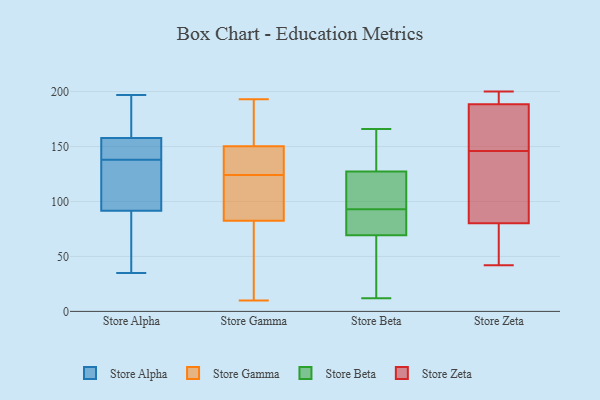
{"axis": {"x": "Satisfaction Score", "y": "Value"}, "legend": ["Store Alpha", "Store Beta", "Store Gamma", "Store Zeta"], "data": [{"x": "", "y": 172, "type": "Store Alpha"}, {"x": "", "y": 149, "type": "Store Alpha"}, {"x": "", "y": 197, "type": "Store Alpha"}, {"x": "", "y": 133, "type": "Store Alpha"}, {"x": "", "y": 138, "type": "Store Alpha"}, {"x": "", "y": 38, "type": "Store Alpha"}, {"x": "", "y": 173, "type": "Store Alpha"}, {"x": "", "y": 169, "type": "Store Alpha"}, {"x": "", "y": 159, "type": "Store Alpha"}, {"x": "", "y": 129, "type": "Store Alpha"}, {"x": "", "y": 36, "type": "Store Alpha"}, {"x": "", "y": 57, "type": "Store Alpha"}, {"x": "", "y": 142, "type": "Store Alpha"}, {"x": "", "y": 131, "type": "Store Alpha"}, {"x": "", "y": 35, "type": "Store Alpha"}, {"x": "", "y": 81, "type": "Store Alpha"}, {"x": "", "y": 123, "type": "Store Alpha"}, {"x": "", "y": 154, "type": "Store Alpha"}, {"x": "", "y": 142, "type": "Store Alpha"}, {"x": "", "y": 19, "type": "Store Gamma"}, {"x": "", "y": 163, "type": "Store Gamma"}, {"x": "", "y": 89, "type": "Store Gamma"}, {"x": "", "y": 124, "type": "Store Gamma"}, {"x": "", "y": 131, "type": "Store Gamma"}, {"x": "", "y": 123, "type": "Store Gamma"}, {"x": "", "y": 165, "type": "Store Gamma"}, {"x": "", "y": 144, "type": "Store Gamma"}, {"x": "", "y": 122, "type": "Store Gamma"}, {"x": "", "y": 32, "type": "Store Gamma"}, {"x": "", "y": 122, "type": "Store Gamma"}, {"x": "", "y": 63, "type": "Store Gamma"}, {"x": "", "y": 131, "type": "Store Gamma"}, {"x": "", "y": 10, "type": "Store Gamma"}, {"x": "", "y": 146, "type": "Store Gamma"}, {"x": "", "y": 193, "type": "Store Gamma"}, {"x": "", "y": 163, "type": "Store Gamma"}, {"x": "", "y": 90, "type": "Store Beta"}, {"x": "", "y": 128, "type": "Store Beta"}, {"x": "", "y": 64, "type": "Store Beta"}, {"x": "", "y": 127, "type": "Store Beta"}, {"x": "", "y": 92, "type": "Store Beta"}, {"x": "", "y": 37, "type": "Store Beta"}, {"x": "", "y": 14, "type": "Store Beta"}, {"x": "", "y": 143, "type": "Store Beta"}, {"x": "", "y": 96, "type": "Store Beta"}, {"x": "", "y": 93, "type": "Store Beta"}, {"x": "", "y": 74, "type": "Store Beta"}, {"x": "", "y": 105, "type": "Store Beta"}, {"x": "", "y": 122, "type": "Store Beta"}, {"x": "", "y": 12, "type": "Store Beta"}, {"x": "", "y": 156, "type": "Store Beta"}, {"x": "", "y": 166, "type": "Store Beta"}, {"x": "", "y": 71, "type": "Store Beta"}, {"x": "", "y": 74, "type": "Store Zeta"}, {"x": "", "y": 62, "type": "Store Zeta"}, {"x": "", "y": 193, "type": "Store Zeta"}, {"x": "", "y": 167, "type": "Store Zeta"}, {"x": "", "y": 99, "type": "Store Zeta"}, {"x": "", "y": 200, "type": "Store Zeta"}, {"x": "", "y": 175, "type": "Store Zeta"}, {"x": "", "y": 136, "type": "Store Zeta"}, {"x": "", "y": 200, "type": "Store Zeta"}, {"x": "", "y": 172, "type": "Store Zeta"}, {"x": "", "y": 199, "type": "Store Zeta"}, {"x": "", "y": 138, "type": "Store Zeta"}, {"x": "", "y": 42, "type": "Store Zeta"}, {"x": "", "y": 47, "type": "Store Zeta"}, {"x": "", "y": 146, "type": "Store Zeta"}]}